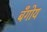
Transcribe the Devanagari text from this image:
बँगोय